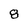
Character: 8